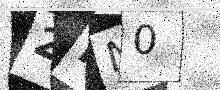
Text: 2MN0